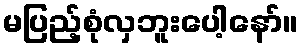
မပြည့်စုံလှဘူးပေါ့နော်။